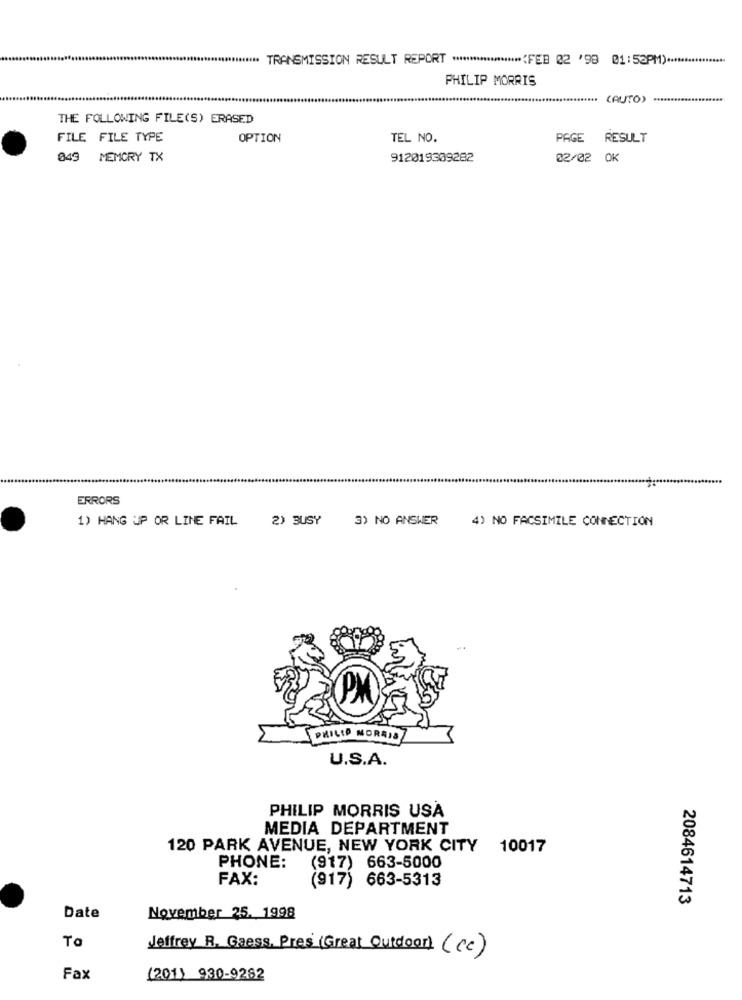
*** TRANSMISSION RESULT REPORT *******************< FEB 02 '98 01:52PM) ..
PHILIP MORRIS
(AUTO) *****...............
THE FOLLOWING FILE(S) ERASED
FILE FILE TYPE
OPTION
TEL NO.
PAGE RESULT
049 MEMORY TX
912019309282
02/02 0K
ERRORS
1) HANG UP OR LINE FAIL
2) BUSY
3) NO ANSWER
4) NO FACSIMILE CONNECTION
PHILIP MORRIS
U.S.A.
PHILIP MORRIS USA
MEDIA DEPARTMENT
120 PARK AVENUE, NEW YORK CITY
10017
PHONE:
(917) 663-5000
FAX:
(917) 663-5313
2084614713
Date
November 25. 1998
To
Jefrey R, Gaess, Pres (Great Outdoor) (Cc)
Fax
(201) 930-9282